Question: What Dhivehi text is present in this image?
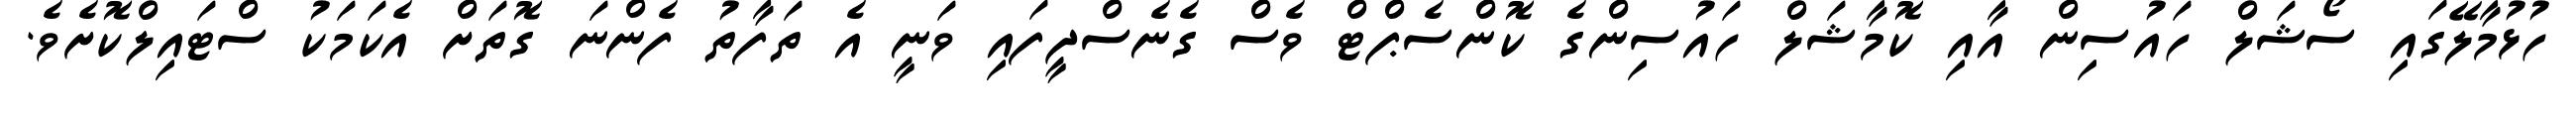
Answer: ހުޅުމާލޭގައި ސޯޝަލް ހައުސިން އާއި ކޮމާޝަލް ހައުސިންގެ ކޮންސެޕްޓް ވެސް ގެނެސްދީފައި ވަނީ އެ ތަފާތު ފެންނަ ގޮތަށް އެކަމަކު ސްޓައިލްކޮށެވެ.